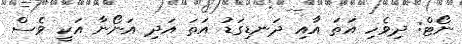
ނޯޓް: ދިވެހި އަތަ އާއި ދަނޑިގަޑު އަތަ އަދި އަނޯނާ އަކީ ވެސް